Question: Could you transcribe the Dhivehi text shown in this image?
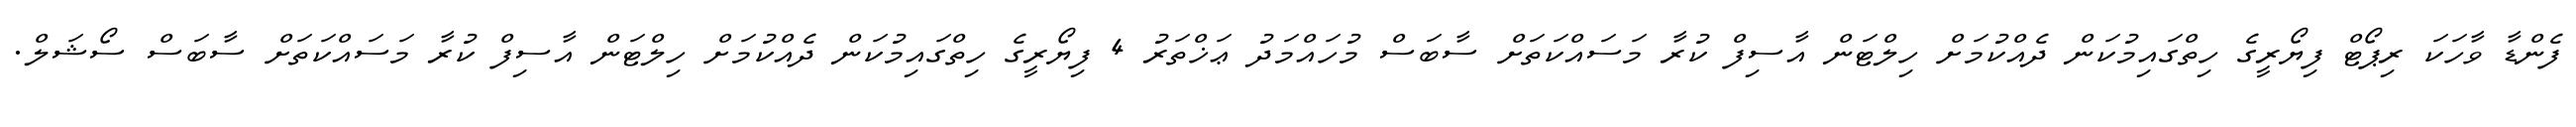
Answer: ފެންޑާ ވާހަކަ ރިޕޯޓް ފިޔޯރީގެ ހިތްގައިމުކަން ދެއްކުމަށް ހިލްޓަން އާސިފް ކުރާ މަސައްކަތަށް ސާބަސް މުހައްމަދު ޢަޚްތަރު 4 ފިޔޯރީގެ ހިތްގައިމުކަން ދެއްކުމަށް ހިލްޓަން އާސިފް ކުރާ މަސައްކަތަށް ސާބަސް ސޯޝަލް.